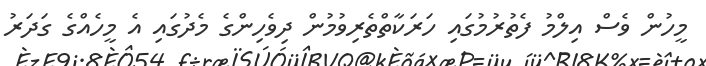
މީހުން ވެސް އިލްމު ފެތުރުމުގައި ހަރަކާތްތެރިވުމުން ދިވެހިންގެ މެދުގައި އެ މީހެއްގެ ގަދަރު